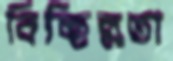
বিচ্ছিন্নতা